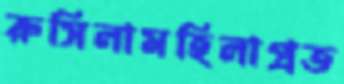
রুসিলামহিলাপ্রত